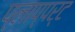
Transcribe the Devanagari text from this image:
प्लाप्पर्ट